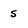
Character: s